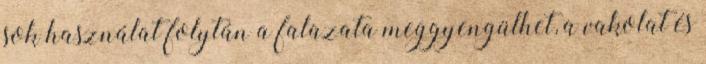
sok használat folytán a falazata meggyengülhet, a vakolat és